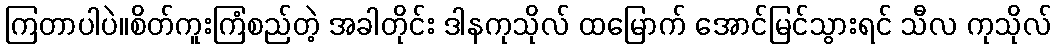
ကြတာပါပဲ။စိတ်ကူးကြံစည်တဲ့ အခါတိုင်း ဒါနကုသိုလ် ထမြောက် အောင်မြင်သွားရင် သီလ ကုသိုလ်